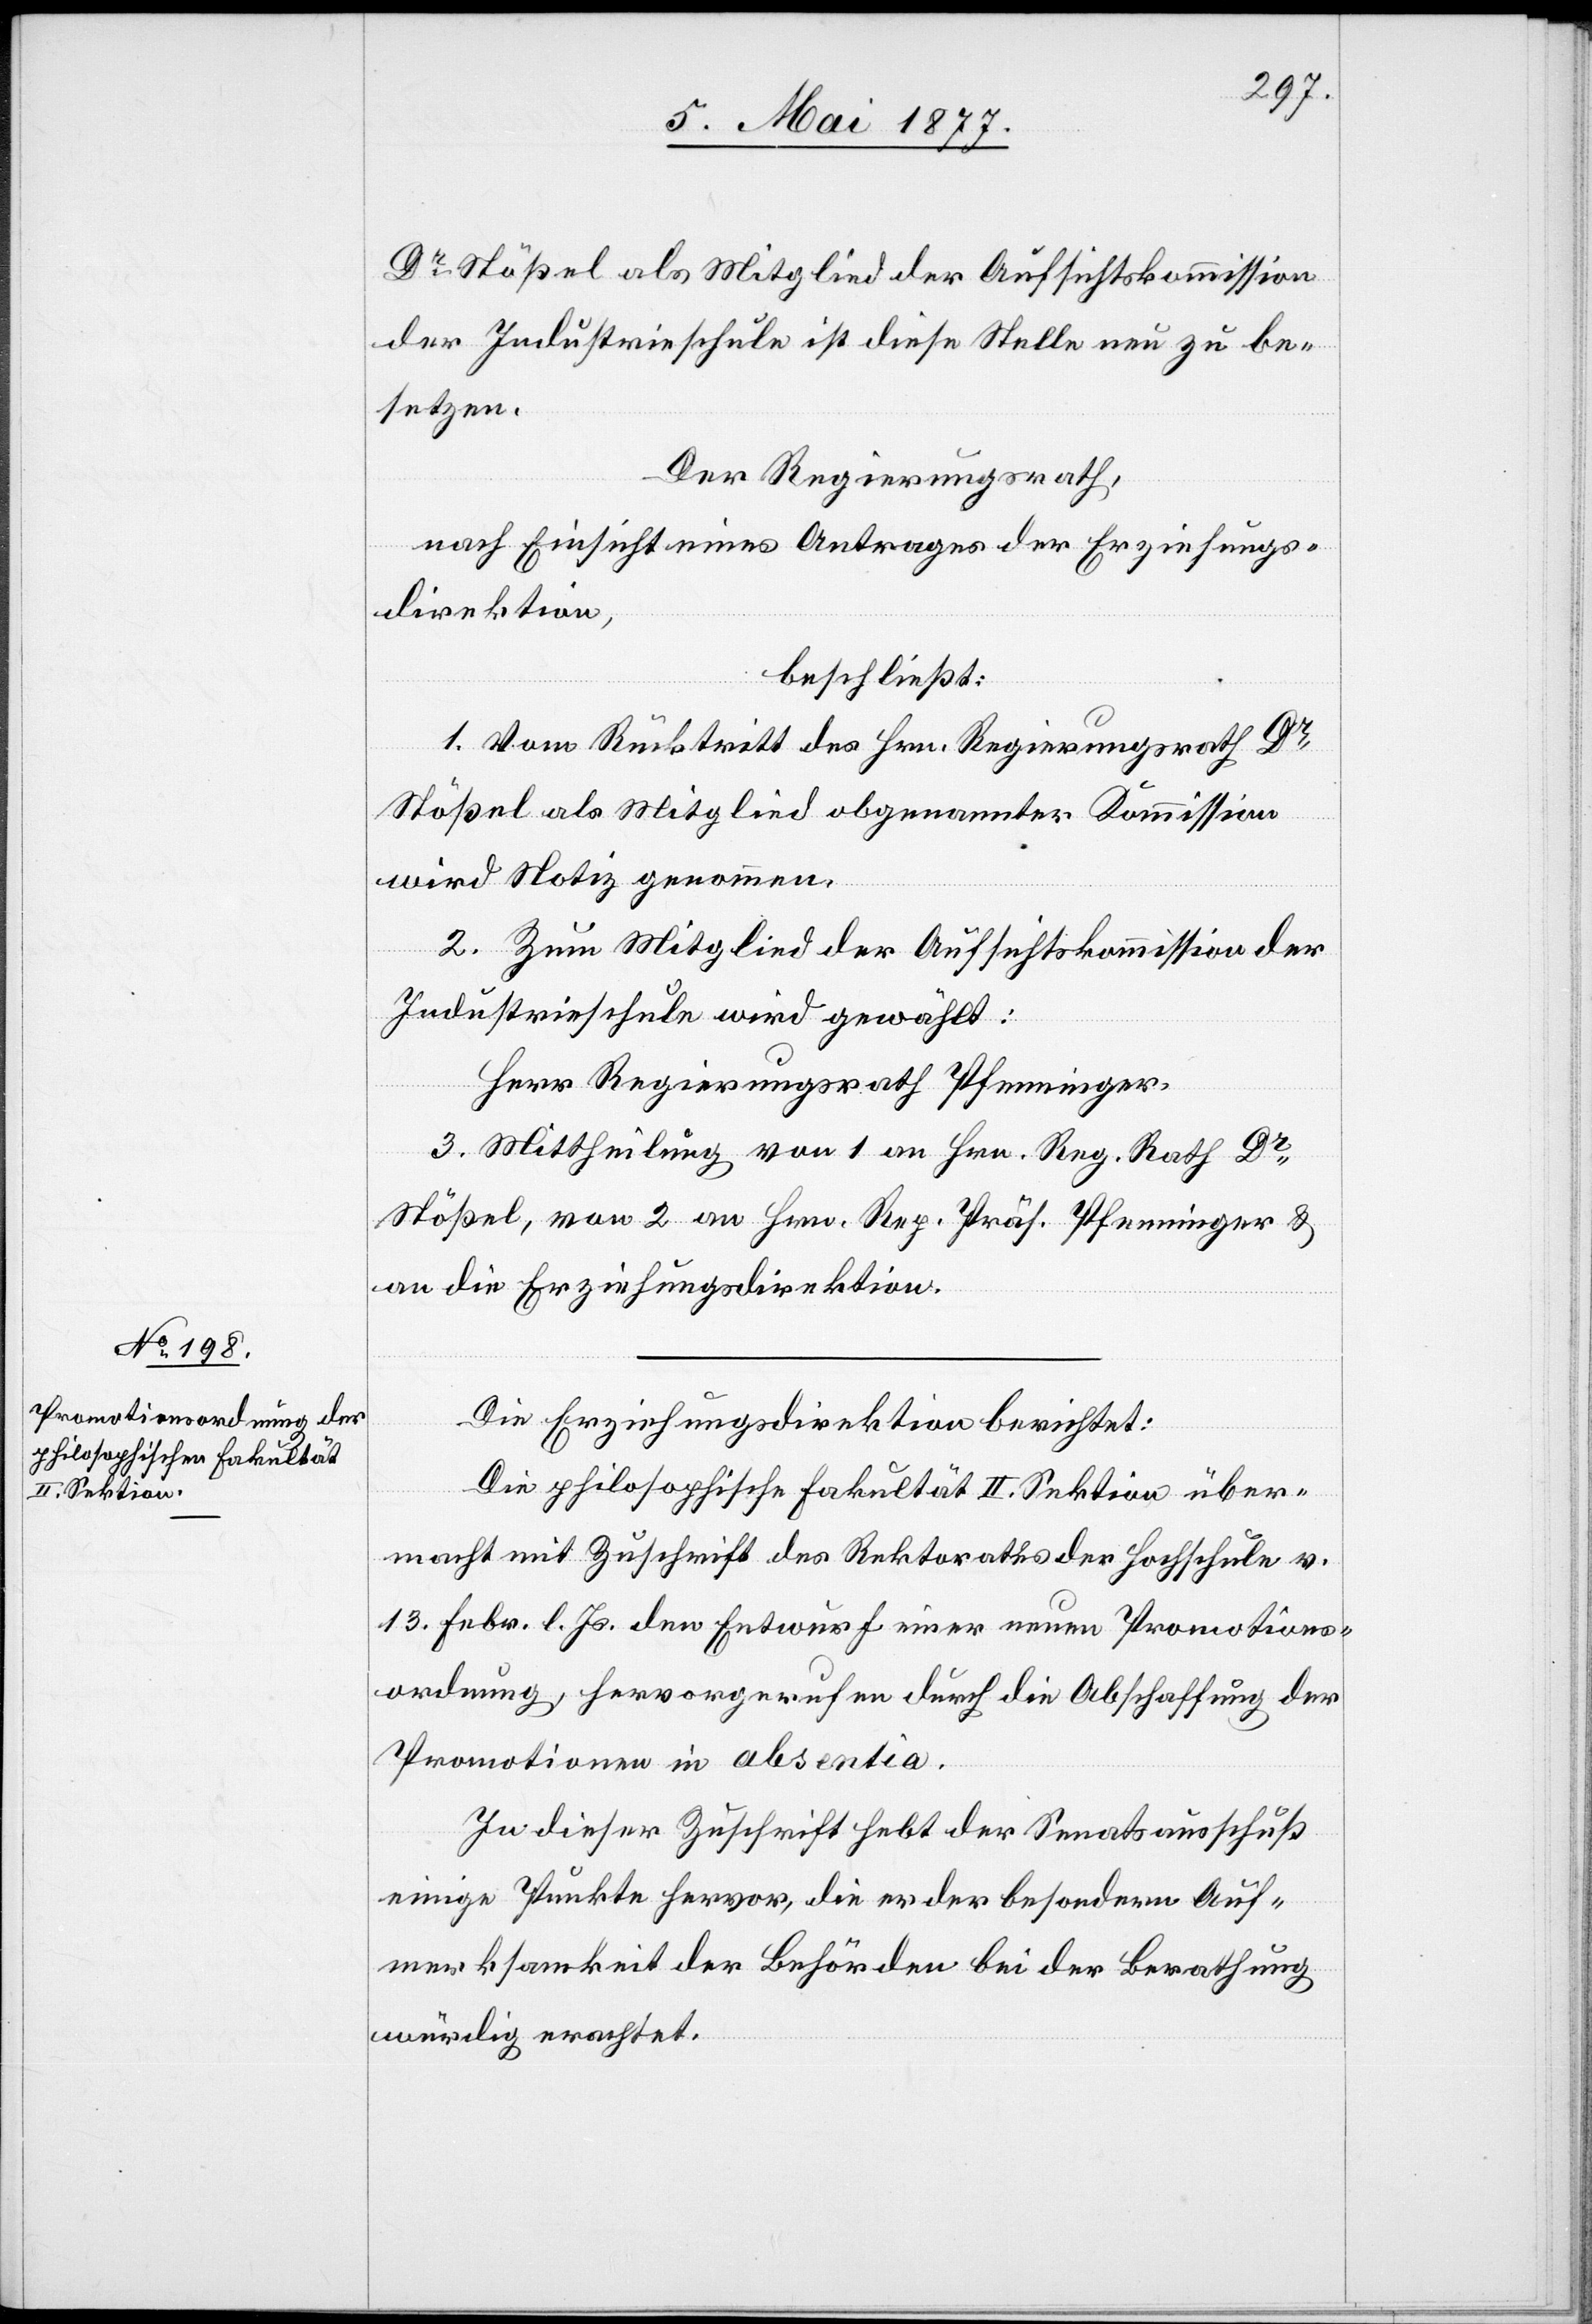
Dr Stößel als Mitglied der Aufsichtskommission
der Industrieschule ist diese Stelle neu zu be¬
setzen.
Der Regierungsrath,
nach Einsicht eines Antrages der Erziehungs¬
direktion,
beschließt:
1. Vom Rücktritt des Hrn. Regierungsrath Dr
Stößel als Mitglied obgenannter Kommission
wird Notiz genommen.
2. Zum Mitglied der Aufsichtskommission der
Industrieschule wird gewählt:
Herr Regierungsrath Pfenninger.
3. Mittheilung von 1. an Hrn. Reg. Rath Dr
Stößel, von 2. an Hrn. Reg. Präs. Pfenninger &
an die Erziehungsdirektion.
Die Erziehungsdirektion berichtet:
Die philosophische Fakultät II. Sektion über¬
macht mit Zuschrift des Rektorates der Hochschule v.
13. Febr. l. Js. den Entwurf einer neuen Promotions¬
ordnung, hervorgerufen durch die Abschaffung der
Promotionen in absentia.
In dieser Zuschrift hebt der Senatsausschuß
einige Punkte hervor, die er der besondern Auf¬
merksamkeit der Behörden bei der Berathung
würdig erachtet.